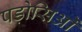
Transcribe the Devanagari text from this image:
पड़ोसिओं